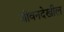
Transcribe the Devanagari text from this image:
जीवनदेखील